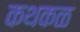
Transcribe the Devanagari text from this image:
कथकळ